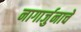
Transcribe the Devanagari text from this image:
नागार्जुनाचे